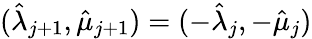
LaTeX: (\hat{\lambda}_{j+1},\hat{\mu}_{j+1})=(-\hat{\lambda}_{j},-\hat{\mu}_{j})